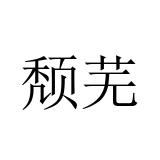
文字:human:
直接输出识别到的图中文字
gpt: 颓芜